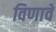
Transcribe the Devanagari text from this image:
विणावे